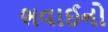
ભવાઈનો